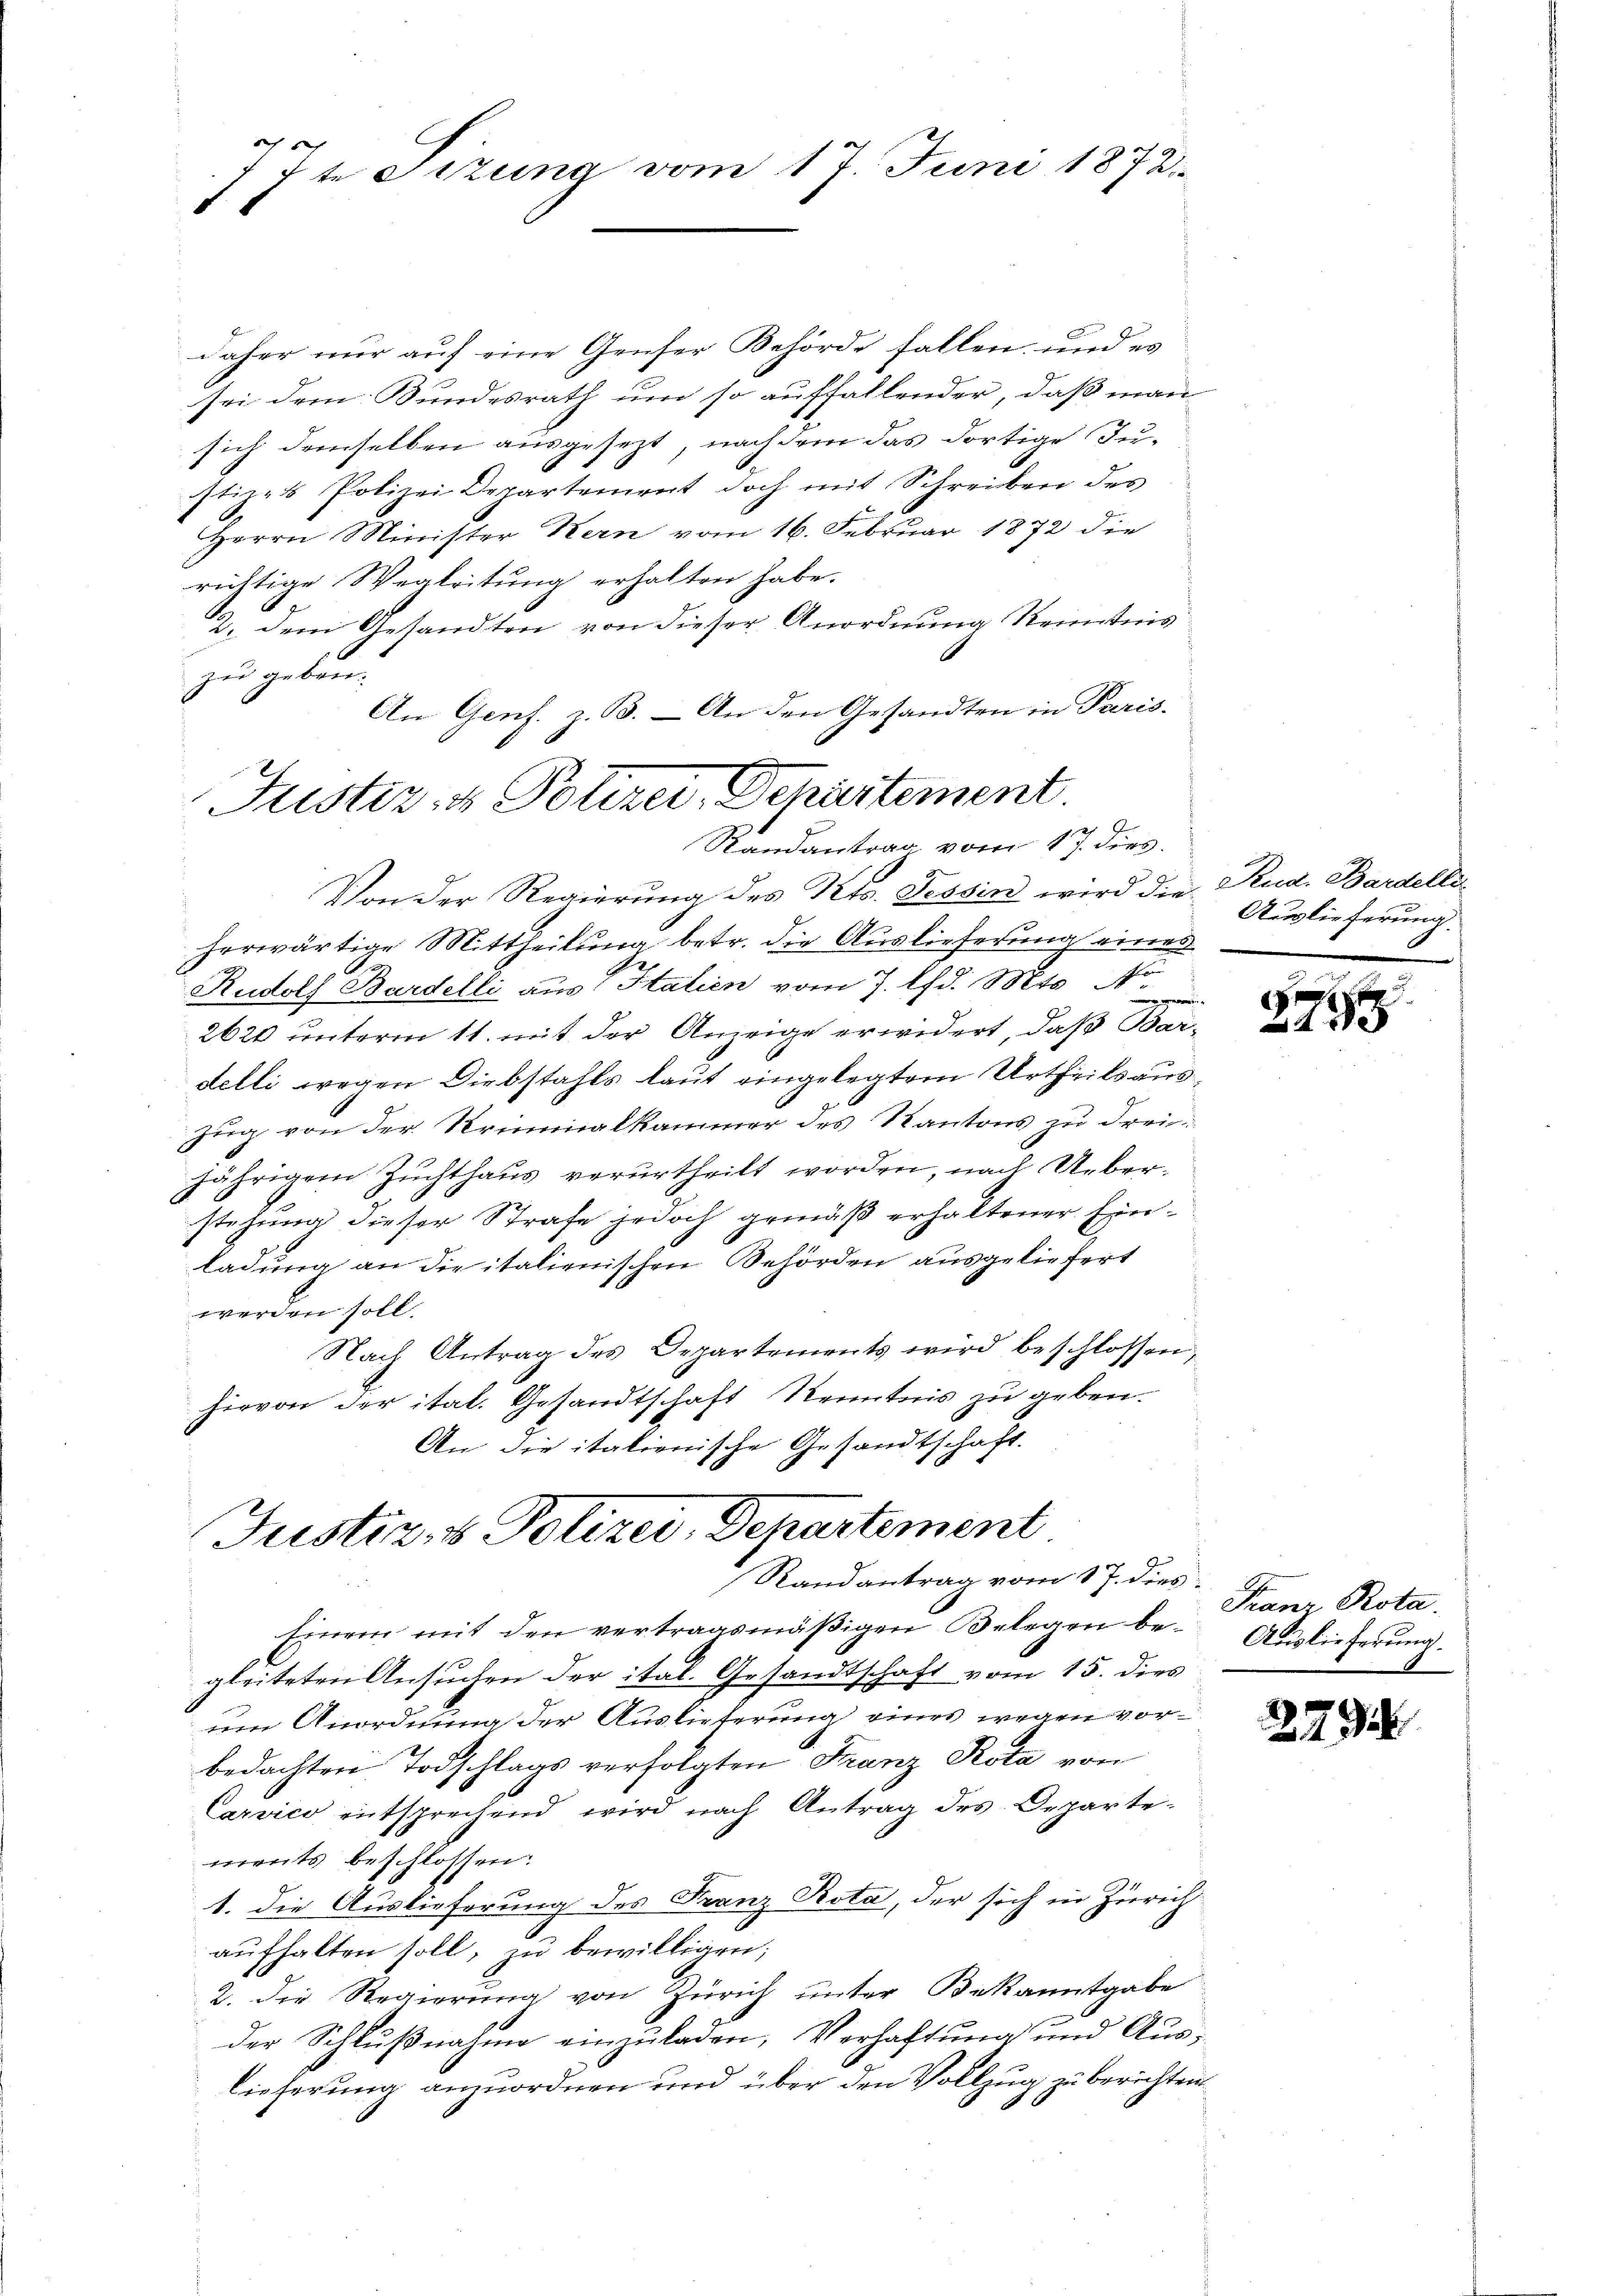
e
7te Sizung vom 17. Juni 1878

daher nur auf eine Gruser Behörde fallen, und es
sei dem Bundesrath um so auffallender, daß man
sich demselben ausgesezt, nach dem das dortige Justiz- & Polizei Departement doch mit Schreiben des
Herrn Minister Kern vom 16. Februar 1872 die
richtige Wegleitung erhalten habe.
2. dem Gesandten von dieser Anordnung Kenntnis
zu geben¬
An Genf. z. B. An den Gesandten in Paris.
Von der Regierung des Kts. Tessin wird die Rud. Bardelli
herwärtige Mittheilung betr. die Auslieferung einen
Rudolf Bardelli aus Italien vom 7. d. Mts. No.
e
2620 unterm 11. mit der Anzeige erwidert, daß Bardelli wegen Diebstahls laut eingelegtem Urtheils auszug von der Kriminalkammer des Kantons zu drei-
jährigem Zuchthaus verurtheilt worden, nach Ueberstehung dieser Strafe jedoch gemäß erhaltener Einladung an die italienischen Behörden ausgeliefert
werden soll.
Nach Antrag des Departements wird beschlossen,
hirvon der ital. Gesandtschaft Kenntnis zu geben.
An die italienische Gesandtschaft.
Justiz- & Polizei, Departement
Randantrag vom 17. dies
Einem mit den vertragsmäßigen Belegen be- Auslieferung.
gleiteten Ansuchen der ital. Gesandtschaft vom 15. dies
um Anordnung der Auslieferung eines wegen vorbedachten Todschlags verfolgten Franz Rota von
Carsico entsprechend wird nach Antrag des Orpartements beschlossen:
1. die Auslieferung des Franz Rota, der sich in Zürich
aufhalten soll, zu bewilligen;
2. Die Regierung von Zürich unter Bekanntgabe
der Schlußnahme einzuladen, Verhaftung und Auslieferung anzuordnen und über den Vollzug zu berichten

Justiz- & Polizei-Departement.
Randantrag vom 17. dies

Auslieferung.

27

Franz Rota.

2793